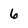
Character: 6